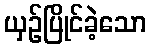
ယှဉ်ပြိုင်ခဲ့သော